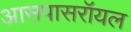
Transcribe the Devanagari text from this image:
आसपासरॉयल